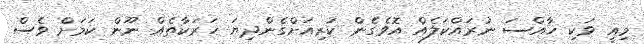
މިއީ ވަކި ޚާއްސަ ނުރައްކަލެއް އޮވެގެން ކުރިއަށްގެންދިޔަ ހަރަކާތެއް ނޫން ކަމަށް ވެސް